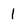
Character: 1